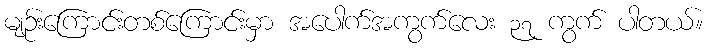
မျဉ်းကြောင်းတစ်ကြောင်းမှာ အပေါက်အကွက်လေး ၃၇ ကွက် ပါတယ်။